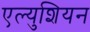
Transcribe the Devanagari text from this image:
एल्युशियन